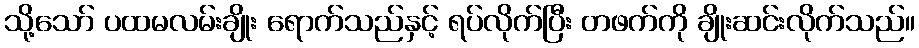
သို့သော် ပထမလမ်းချိုး ရောက်သည်နှင့် ရပ်လိုက်ပြီး တဖက်ကို ချိုးဆင်းလိုက်သည်။